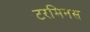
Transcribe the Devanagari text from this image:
टरमिनस